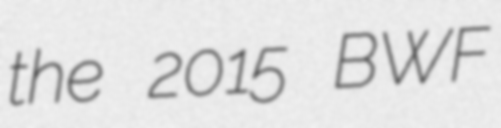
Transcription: the 2015 BWF